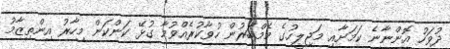
ދުވަހު އޮންނާނެ ކަމަށާއި މަޖިލީހުގެ މެމްބަރުން ހުވާކުރެއްވުމާ ގުޅޭ ކަންކަން މިހާރު އިންތިޒާމު